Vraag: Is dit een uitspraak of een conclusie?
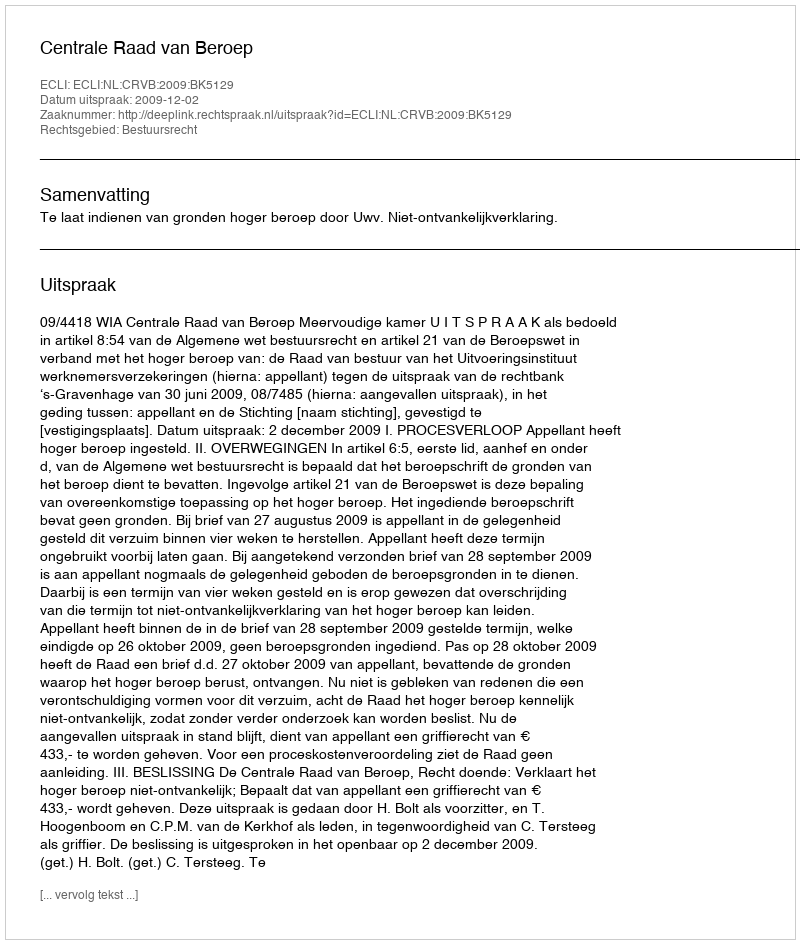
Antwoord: Uitspraak